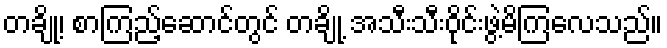
တချို့၊ စာကြည့်ဆောင်တွင် တချို့ အသီးသီးဝိုင်းဖွဲ့မိကြလေသည်။